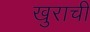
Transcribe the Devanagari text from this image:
खुराची